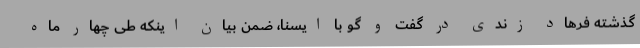
گذشته فرهاد زندی در گفت و گو با ایسنا، ضمن بیان اینکه طی چهار ماه